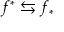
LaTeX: f ^ { * } \leftrightarrows f _ { * }